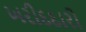
ખરીદદારો